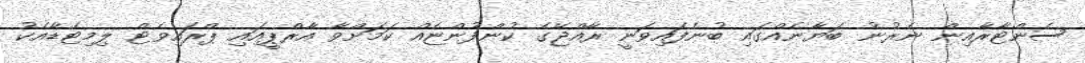
ސެންޓާރާއިން ނެރުނު ބަޔާނެއްގައި ބުނެފައިވަނީ ރާއްޖޭގެ ކުންފުންޏެއް ކަމަށްވާ އާރްޕީއައި ޕްރައިވެޓް ލިމިޓެޑާއެކު